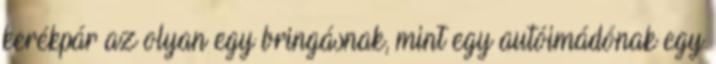
kerékpár az olyan egy bringásnak, mint egy autóimádónak egy